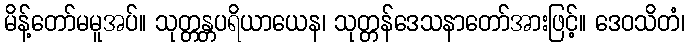
မိန့်တော်မမူအပ်။ သုတ္တန္တပရိယာယေန၊ သုတ္တန်ဒေသနာတော်အားဖြင့်။ ဒေဝသိတံ၊